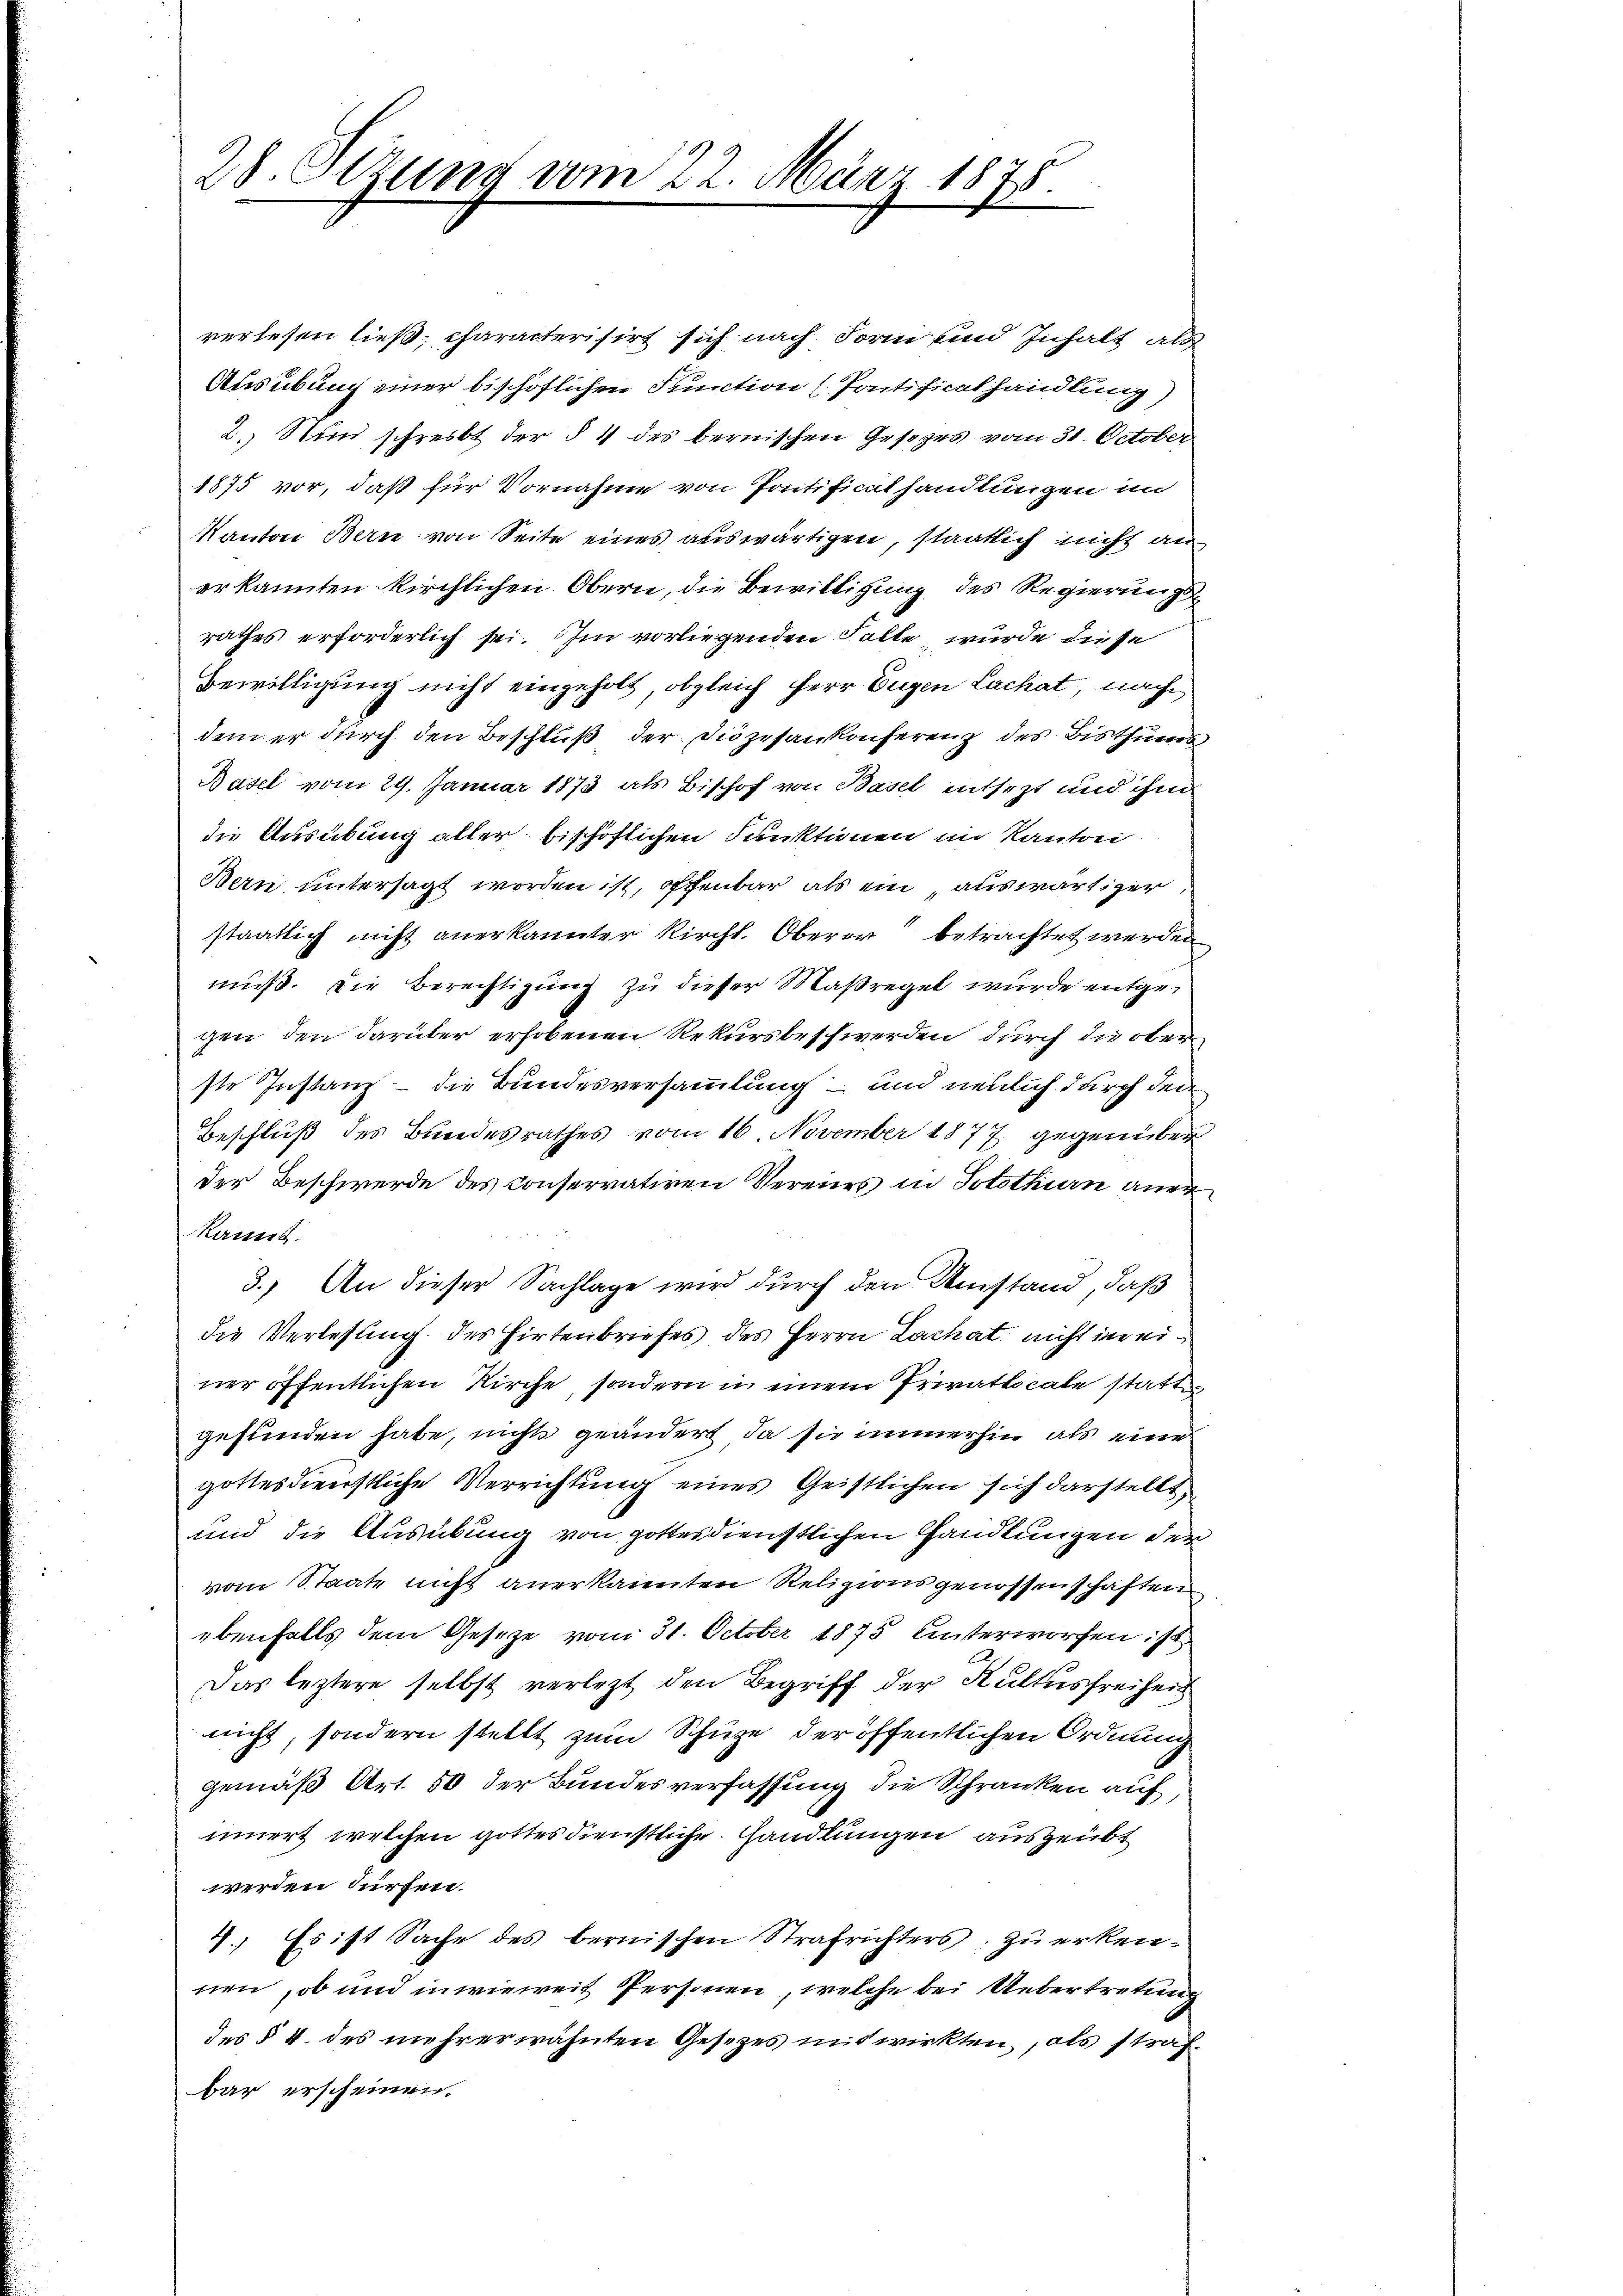
28. Sezung vom 22. März 1875.

verlesen ließ; characterisirt sich nach Form und Inhalt als
Ausübung einer bischöflichen Function (Pontificalhandlung)
2. Nun schreibt der § 4 des bernischen Gesetzes vom 31. October
1875 vor, daß für Vornahme von Pontificathandlungen im
Kanton Bern von Seite eines auswärtigen, staatlich nicht au
erkannten kirchlichen Obern, die Bewilligung des Regierungsrathes erforderlich sei. Im vorliegenden Falle wurde diese
Bewilligung nicht eingeholt, obgleich Herr Eugen Lachat nach
dem er durch den Beschluß, der Diözesankonferenz des Bisthums
Basel vom 29. Januar 1873 als Bischof von Basel entsetzt und ihm
die Ausübung aller bischöflichen Funktionen im Kanton
Bern untersagt worden ist, offenbar als ein auswärtiger
staatlich nicht anerkannter Kirchl. Oberer betrachtet werden
muß. Die Berechtigung zu dieser Maßregel wurde entgegen, den darüber erhobenen Rekursbeschwerden durch die oberste Instanz – die Bundesversammlung – und neulich durch den
Beschluß des Bundesrathes vom 16. November 1877 gegenüber
der Beschwerde des conservativen Vereies in Solothurn aner
kannt.
3.) An dieser Sachlage wird durch den Umstand, daß
die Verlesung des Hirtenbriefes des Herrn Lachat nicht ier einer öffentlichen Kirche, sondern in einem Privatscale statte
gefunden habe, nichts geändert, da sie immerhin als eine
gottesdienstliche Verrichtung eines Geistlichen sich darstellt
und die Ausübung von gottesdienstlichen Handlungen der
vom Staate nicht anerkannten Religionsgenossenschaften
ebenfalls dem Gesetze vom 31. October 1875 unterworfen ist
Das leztere selbst verletzt den Begriff der Kultus freiheit
nicht, sondern stellt zum Schuze der öffentlichen Ordnung
gemäß Art. 50 der Bundesverfassung die Schranken auf
innert welchen gottesdienstliche Handlungen ausgeübt
werden dürfen.
4.) Es ist Sache des bernischen Strafrichters zu erkennen, ob und inwieweit Personen, welche bei Uebertretung
des § 4. des mehrerwähnten Gesetzes mitwirkten, als strafbar erscheinen.